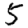
Digit: 5